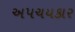
અપચયકાર